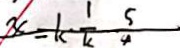
x = k - \frac { 1 } { k } - \frac { 5 } { 4 }